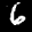
Label: 6